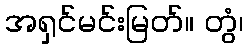
အရှင်မင်းမြတ်။ တွံ၊